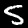
Digit: 5